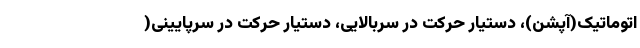
اتوماتیک(آپشن)، دستیار حرکت در سربالایی، دستیار حرکت در سرپایینی(